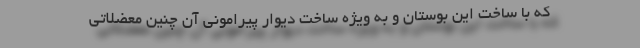
كه با ساخت اين بوستان و به ويژه ساخت ديوار پيراموني آن چنين معضلاتي